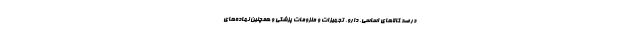
درصد کالاهای اساسی، دارو، تجهیزات و ملزومات پزشکی و همچنین نهاده‌های